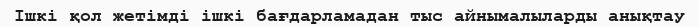
Ішкі қол жетімді ішкі бағдарламадан тыс айнымалыларды анықтау